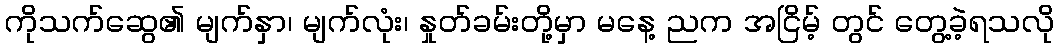
ကိုသက်ဆွေ၏ မျက်နှာ၊ မျက်လုံး၊ နှုတ်ခမ်းတို့မှာ မနေ့ ညက အငြိမ့် တွင် တွေ့ခဲ့ရသလို